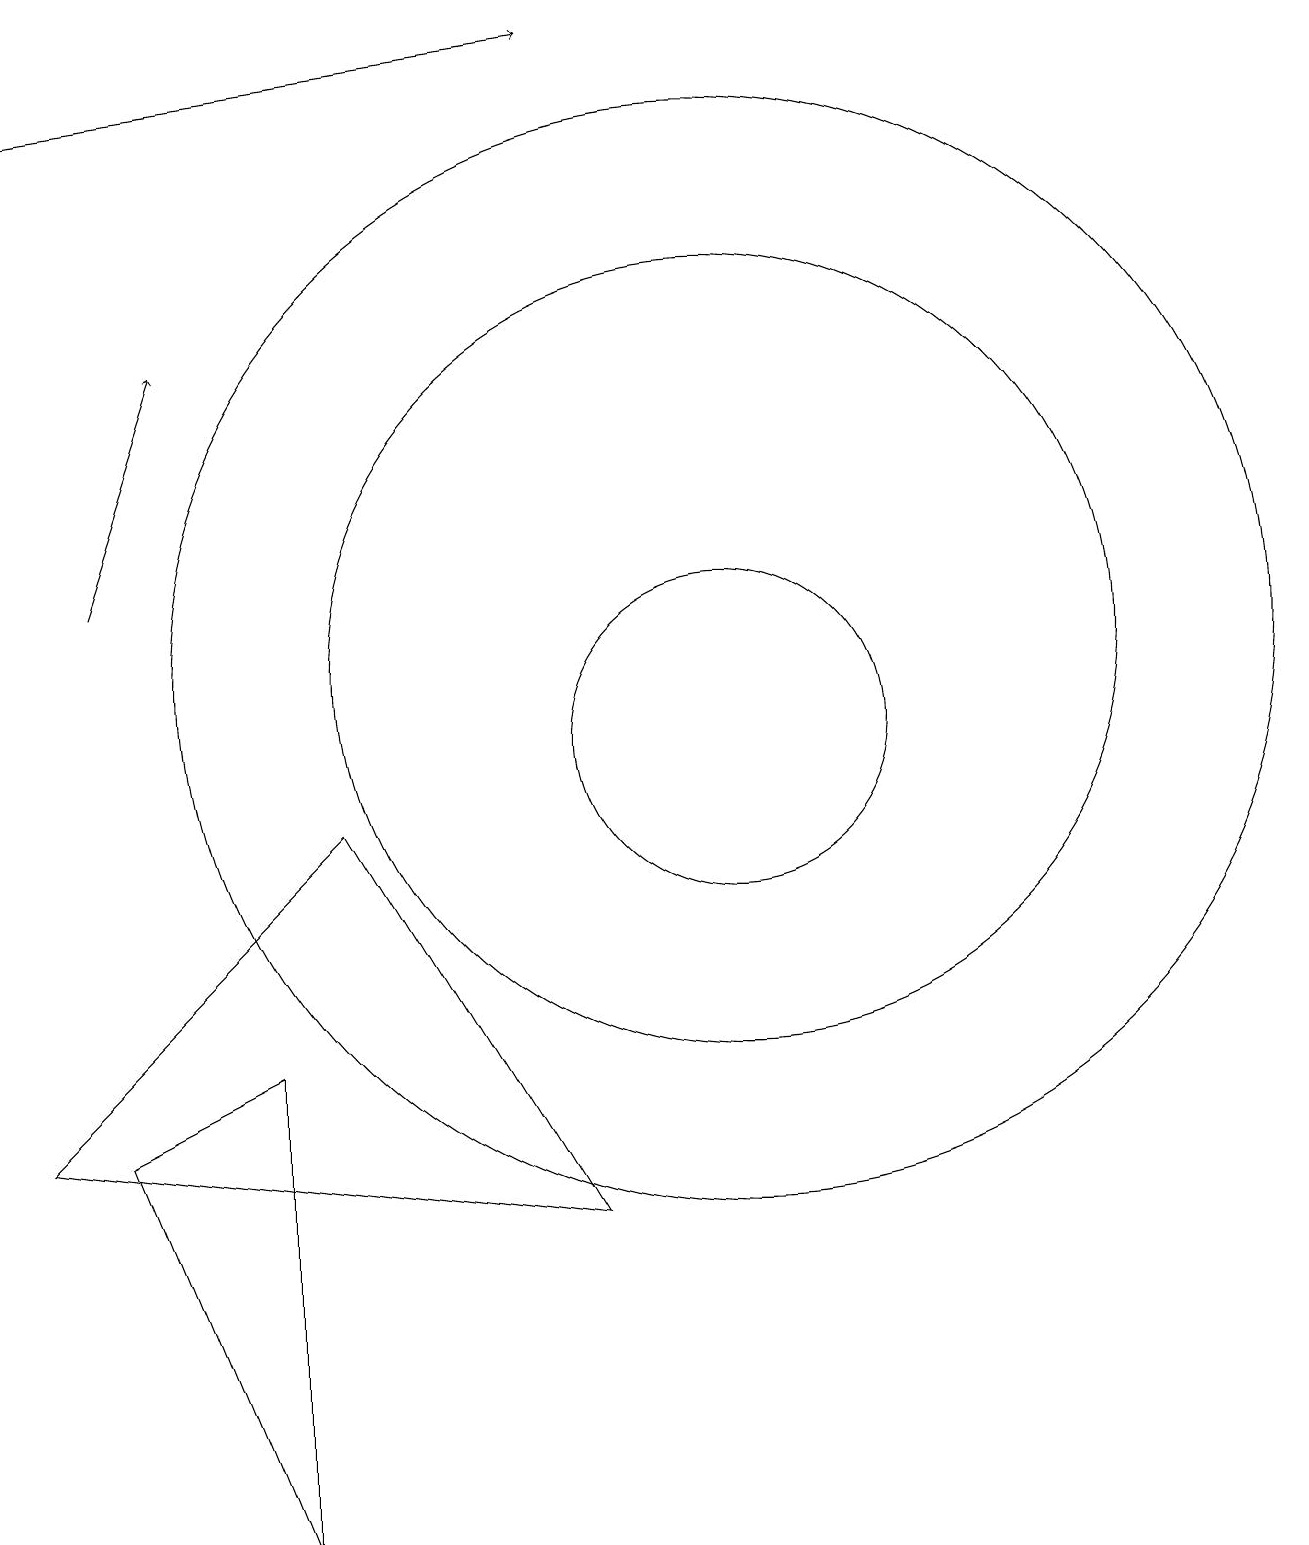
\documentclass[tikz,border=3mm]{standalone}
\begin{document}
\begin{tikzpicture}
\draw (11,11) circle (5);
\draw (9,4) -- (2,5) -- (6,9) -- cycle;
\draw (11,10) circle (2);
\draw[->] (2,18) -- (9,19);
\draw[->] (3,12) -- (4,15);
\draw (5,0) -- (5,6) -- (3,5) -- cycle;
\draw (11,11) circle (7);
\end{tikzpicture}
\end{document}